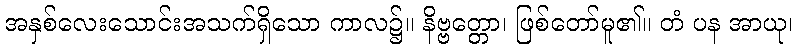
အနှစ်လေးသောင်းအသက်ရှိသော ကာလ၌။ နိဗ္ဗတ္တော၊ ဖြစ်တော်မူ၏။ တံ ပန အာယု၊